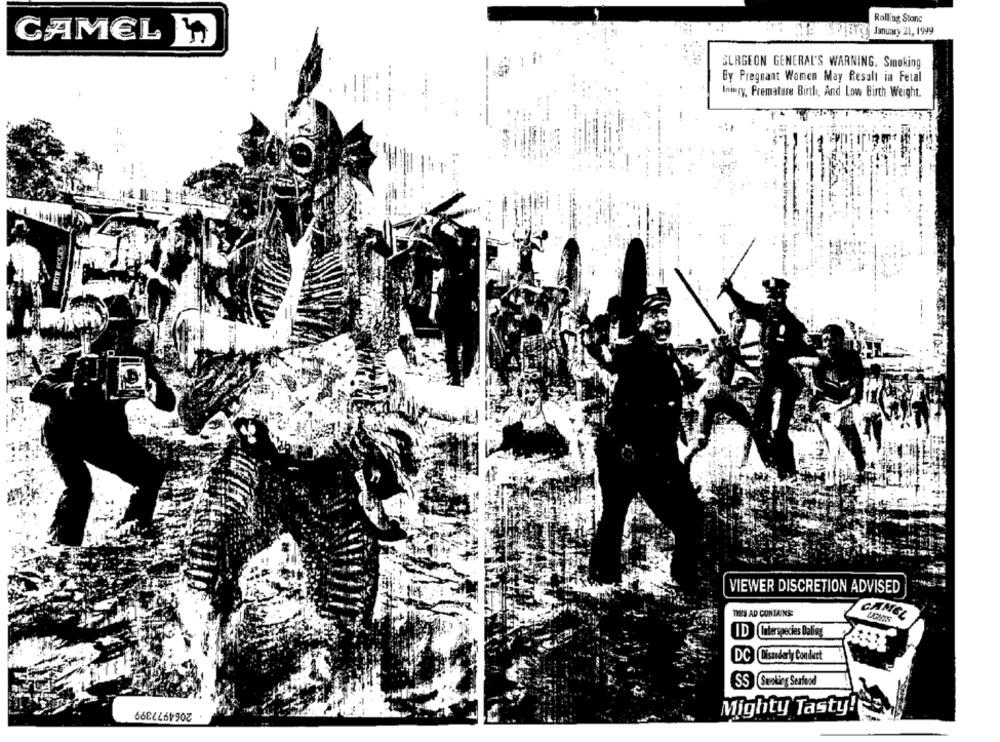
Rolling Stone
January 21, 1999
CAMEL 5
SURGEON GENERAL'S WARNING. Smoking
By Pregnant Women May Result in Fetal
Inimry, Premature Birth, And Low Birth Weight.
FLETE POUO
VIEWER DISCRETION ADVISED
DES AD CONTAINS:
CAMEL
ID Culerspecies Daling
DC Cisandery Conduct
SSSwoking Seafood
2064977399
Mighty Tasty!